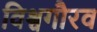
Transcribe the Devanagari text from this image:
विश्वगौरव